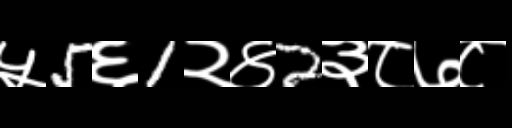
Text: ५5६1२४2३८७८